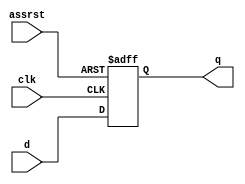
module dff(d,clk,assrst,q);
  input d;
  input clk;
  input assrst;
  output reg q;
  
  always@(negedge clk or posedge assrst)
    begin 
      if(assrst==1'b1)
        q <= 1'b0; 
      else 
        q <= d;
    end
endmodule